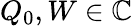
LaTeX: Q_{0},W\in\mathbb{C}